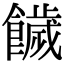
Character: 饖